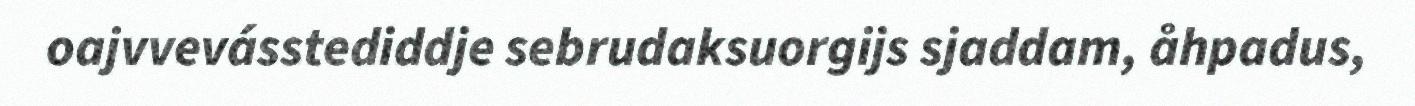
oajvvevásstediddje sebrudaksuorgijs sjaddam, åhpadus,